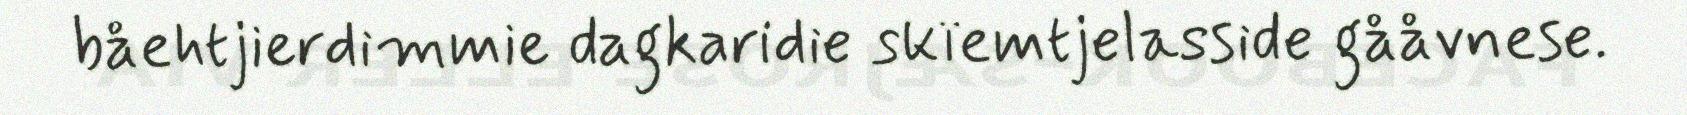
båehtjierdimmie dagkaridie skïemtjelasside gååvnese.